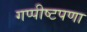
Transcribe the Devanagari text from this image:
गप्पीष्टपणा